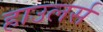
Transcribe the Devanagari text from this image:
हाउलर्स